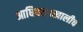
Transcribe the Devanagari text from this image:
आधिपत्याखालीच